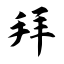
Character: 拜